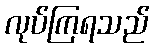
လုပ်ကြရသည်